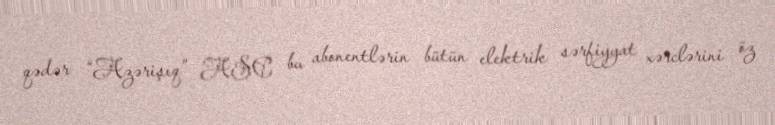
qədər “Azərişıq” ASC bu abonentlərin bütün elektrik sərfiyyat xərclərini öz